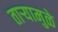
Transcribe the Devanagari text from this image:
ताऱ्यामुळे